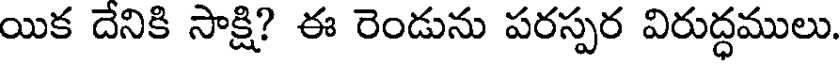
యిక దేనికి సాక్షి? ఈ రెండును పరస్పర విరుద్ధములు.